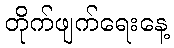
တိုက်ဖျက်ရေးနေ့